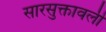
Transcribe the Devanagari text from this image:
सारसुक्तावली